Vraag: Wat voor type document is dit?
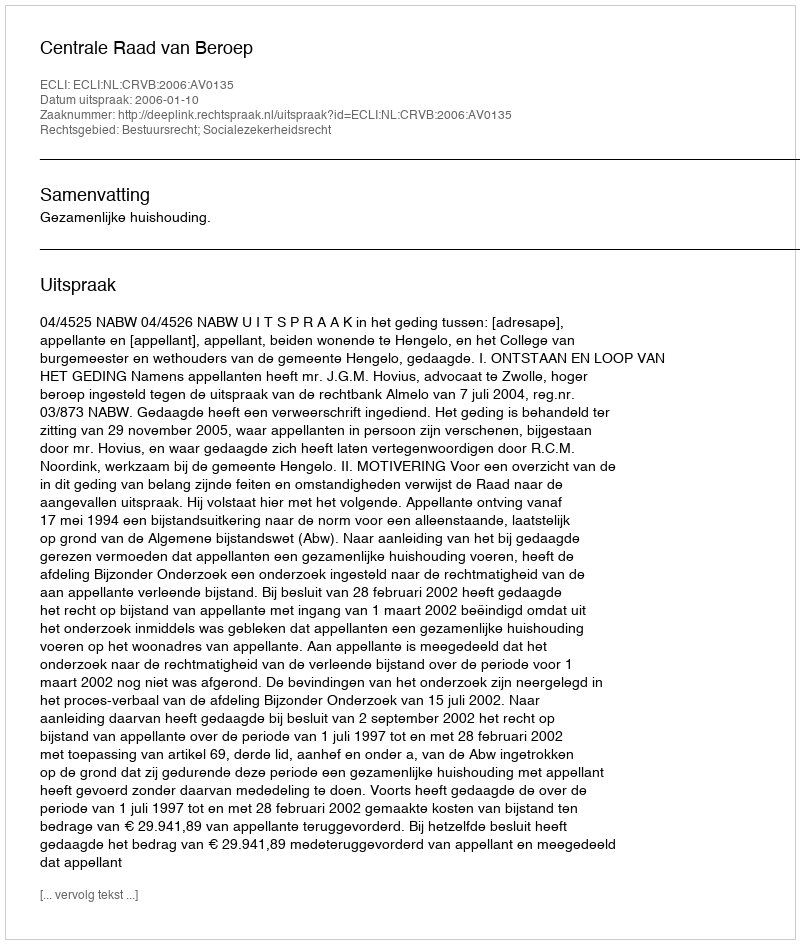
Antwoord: Uitspraak